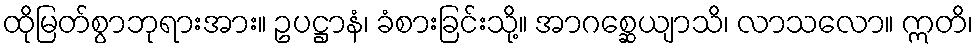
ထိုမြတ်စွာဘုရားအား။ ဥပဋ္ဌာနံ၊ ခံစားခြင်းသို့။ အာဂစ္ဆေယျာသိ၊ လာသလော။ ဣတိ၊